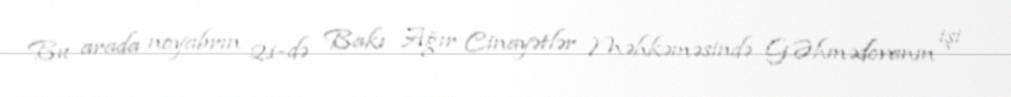
Bu arada noyabrın 21-də Bakı Ağır Cinayətlər Məhkəməsində G.Əhmədovanın işi